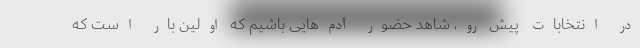
در انتخابات پیش رو، شاهد حضور آدم‌هایی باشیم که اولین بار است که